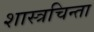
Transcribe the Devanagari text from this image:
शास्त्रचिन्ता